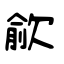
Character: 歈